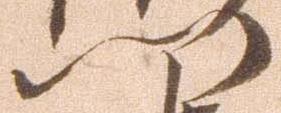
門